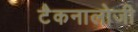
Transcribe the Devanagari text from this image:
टैकनालोजी